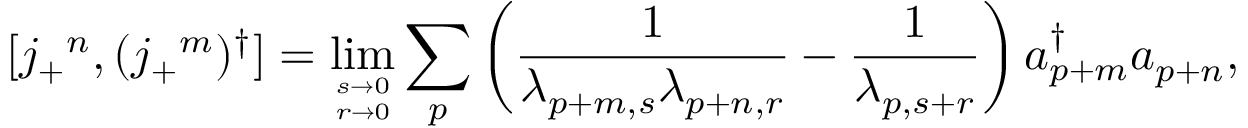
[ j _ { + } { } ^ { n } , ( j _ { + } { } ^ { m } ) ^ { \dagger } ] = \operatorname * { l i m } _ { s \to 0 \atop r \to 0 } \sum _ { p } \left( \frac { 1 } { \lambda _ { p + m , s } \lambda _ { p + n , r } } - \frac { 1 } { \lambda _ { p , s + r } } \right) a _ { p + m } ^ { \dagger } a _ { p + n } ,